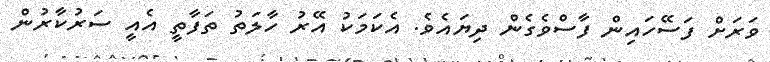
ވަރަށް ފަސޭހައިން ފާސްވެގެން ދިޔައެވެ. އެކަމަކު އޭރު ހާލަތު ތަފާތީ އެއީ ސަރުކާރުން